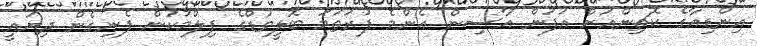
އިންޑިއާގެ ކޮޗިންއަށް އުފަން އާސިން އެންމެ ފުރަތަމަ ބޮލީވުޑްގެ ފިލްމަކުން ފެނިގެން ދިޔައީ